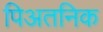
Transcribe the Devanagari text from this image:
पिअतनिक